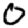
Digit: 0